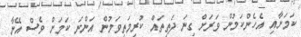
ކަމަށާއި އެހެންކަމުން ވަރަށް ގިނަ ދަތިތައް ކުރިމަތިވަމުން އަންނަ ކަމަށް ވެސް އޭނާ